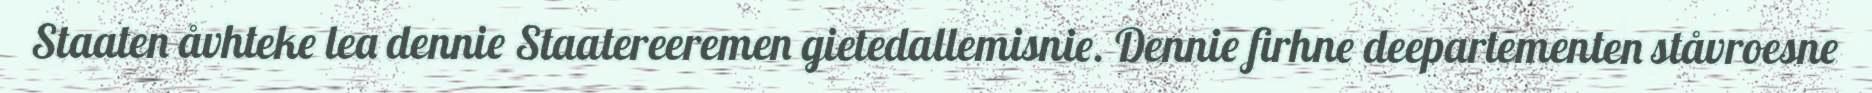
Staaten åvhteke lea dennie Staatereeremen gietedallemisnie. Dennie firhne deepartementen ståvroesne